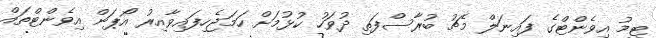
ޓީމު އިވެންޓްގެ ފައިނަލް މެޗު ބުރާސްފަތި ދުވަހު ކުޅުމަށް ހަމަޖެހިފައިވާއިރު އޯޕަން އިވެންޓްތައް